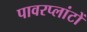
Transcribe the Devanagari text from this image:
पावरप्लांटों